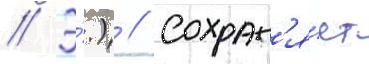
// Э́.) // Сохран'я́ет